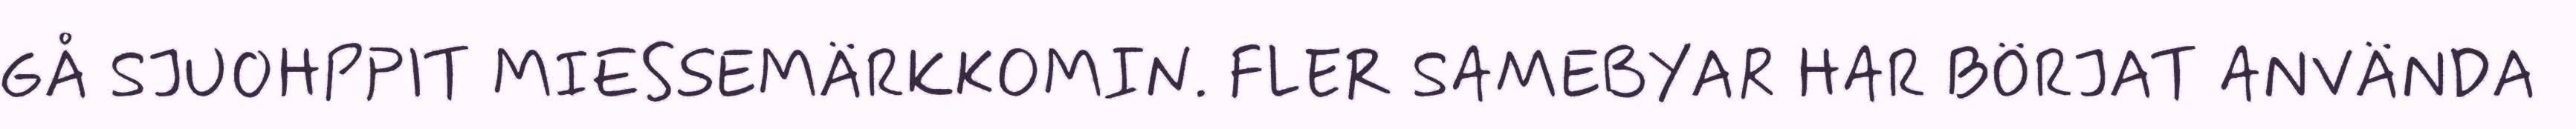
GÅ SJUOHPPIT MIESSEMÄRKKOMIN. FLER SAMEBYAR HAR BÖRJAT ANVÄNDA